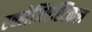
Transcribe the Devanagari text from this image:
एक्लेजिएस्टिकल